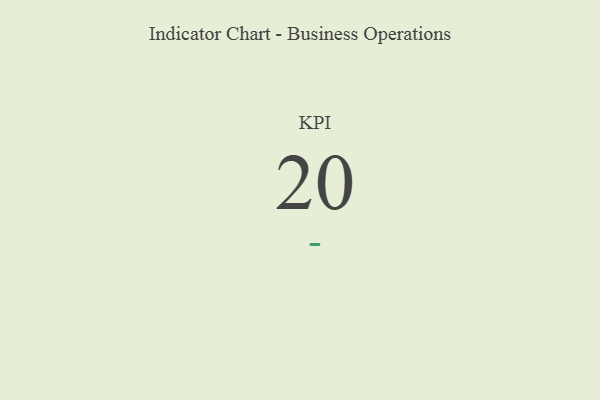
{"axis": {"x": "KPI", "y": "Value"}, "legend": [""], "data": [{"x": "KPI", "y": 20, "type": ""}]}